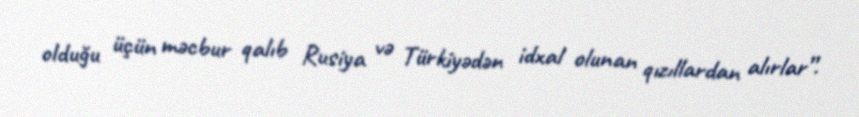
olduğu üçün məcbur qalıb Rusiya və Türkiyədən idxal olunan qızıllardan alırlar”.